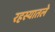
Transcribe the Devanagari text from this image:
रहस्यातले